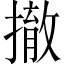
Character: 撤